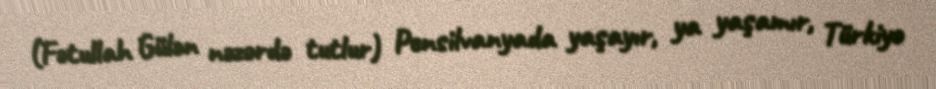
(Fətullah Gülən nəzərdə tutlur) Pensilvanyada yaşayır, ya yaşamır, Türkiyə